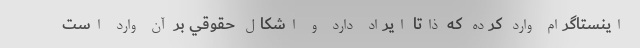
اينستاگرام وارد كرده كه ذاتا ايراد دارد و اشكال حقوقي بر آن وارد است